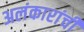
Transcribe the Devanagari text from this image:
अलंकारांची